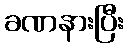
ခဏနားပြီး